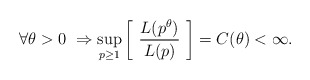
\begin{align*} \forall \theta > 0 \ \Rightarrow \sup_{p \ge 1} \left[ \ \frac{L(p^{\theta})}{L(p)} \ \right] = C(\theta) < \infty.\end{align*}